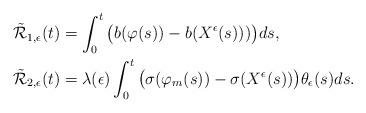
LaTeX: \begin{align*}&\mathcal{\tilde{R}}_{1,\epsilon}(t)=\int^{t}_{0}\big(b(\varphi(s))-b(X^{\epsilon}(s)))\big)ds,\\&\mathcal{\tilde{R}}_{2,\epsilon}(t)=\lambda(\epsilon)\int^{t}_{0}\big(\sigma(\varphi_{m}(s))-\sigma(X^{\epsilon}(s))\big)\theta_{\epsilon}(s)ds.\end{align*}